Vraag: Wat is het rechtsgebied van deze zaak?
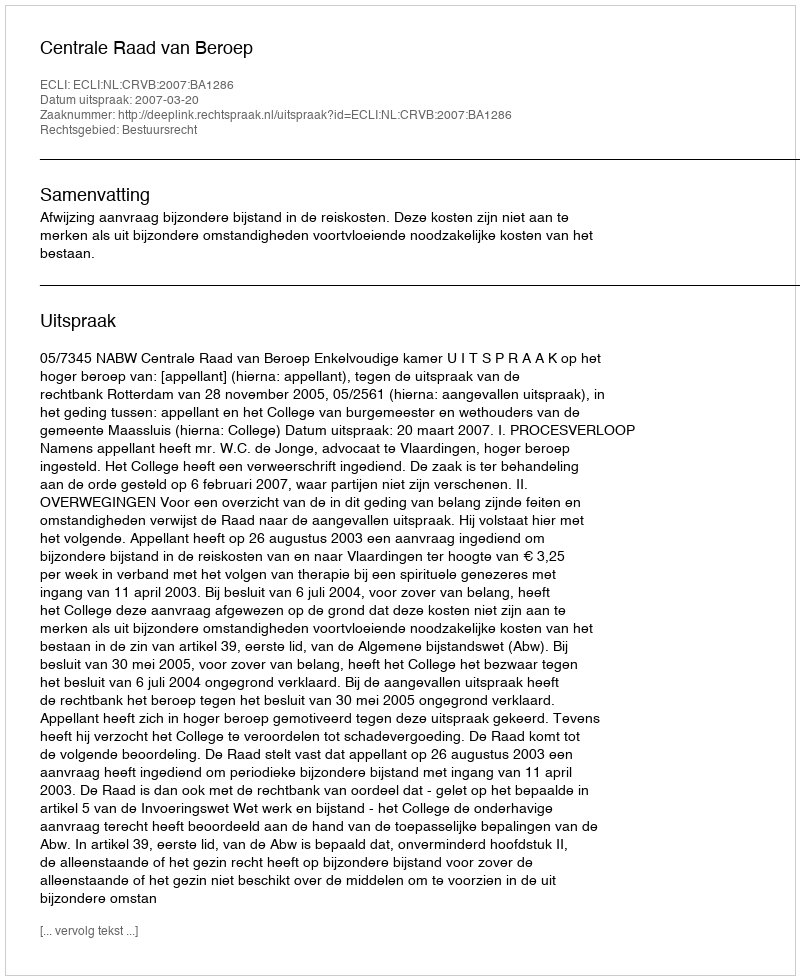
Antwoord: Bestuursrecht